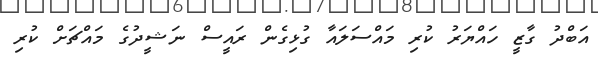
އަބްދު ގާޒީ ހައްޔަރު ކުރި މައްސަލައާ ގުޅިގެން ރައީސް ނަޝީދުގެ މައްޗަށް ކުރި